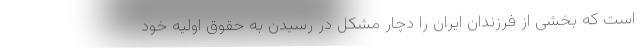
است که بخشی از فرزندان ایران را دچار مشکل در رسیدن به حقوق اولیه خود